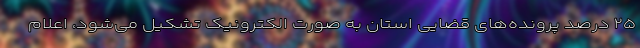
۲۵ درصد پرونده‌های قضایی استان به صورت الکترونیک تشکیل می‌شود، اعلام